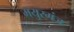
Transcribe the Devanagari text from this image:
मयुरगंज